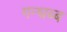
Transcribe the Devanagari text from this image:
गन्धब्ब